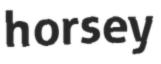
horsey